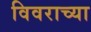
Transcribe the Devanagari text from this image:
विवराच्या